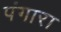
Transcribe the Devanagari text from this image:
पंगारा